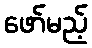
ဖော်မည့်